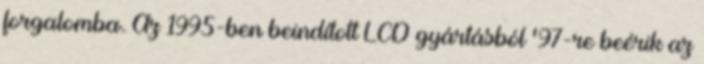
forgalomba. Az 1995-ben beindított LCD gyártásból '97-re beérik az